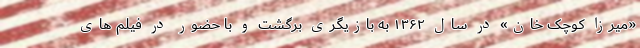
«میرزا کوچک خان» در سال ۱۳۶۲ به بازیگری برگشت و با حضور در فیلم های